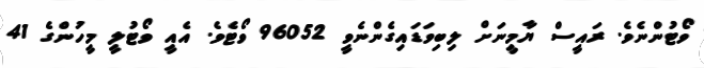
ވޯޓުންނެވެ. ރައީސް ޔާމީނަށް ލިބިވަޑައިގެންނެވީ 96052 ވޯޓެވެ. އެއީ ވޯޓުލީ މީހުންގެ 41